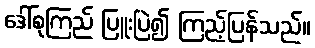
ဒေါ်စုကြည် ပြူးပြဲ၍ ကြည့်ပြန်သည်။